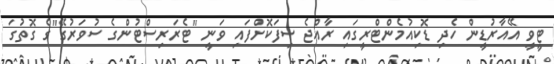
ޓީވީ އޭއާރުޑީން ހެދި ޑޮކިއުމެންޓްރީގައި ރާއްޖެ ސިފަކޮށްފައި ވަނީ "ޓެރަރިސްޓުންގެ ސުވަރުގޭ"ގެ ގޮތުގަ